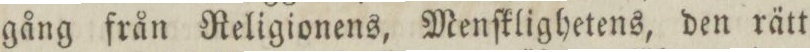
gång från Religionens, Menſklighetens, den rätt